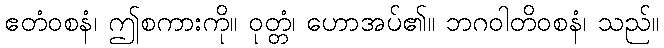
ဧတံဝစနံ၊ ဤစကားကို။ ဝုတ္တံ၊ ဟောအပ်၏။ ဘဂဝါတိဝစနံ၊ သည်။